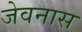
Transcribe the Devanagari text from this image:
जेवनास